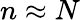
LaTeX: n\approx N